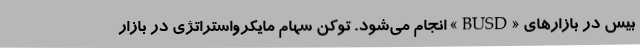
بیس در بازارهای «BUSD» انجام می‌شود. توکن سهام مایکرواستراتژی در بازار